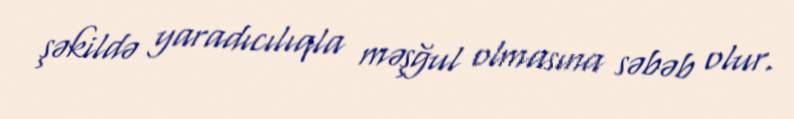
şəkildə yaradıcılıqla məşğul olmasına səbəb olur.